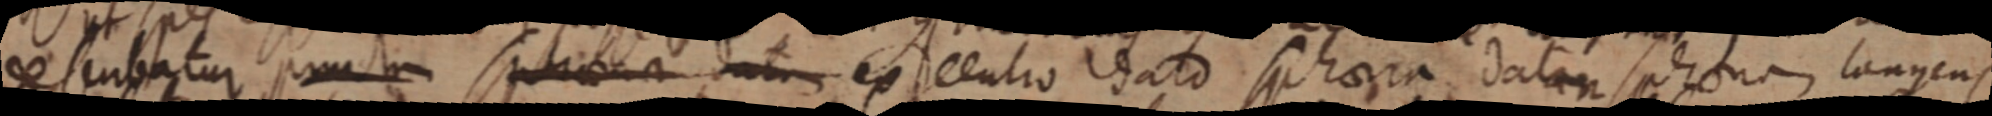
descubatur punctum sphaera datur ex centro dato sphaera datam sphaera longens